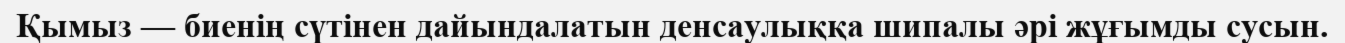
Қымыз — биенің сүтінен дайындалатын денсаулыққа шипалы әрі жұғымды сусын.